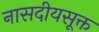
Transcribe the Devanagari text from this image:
नासदीयसूक्त